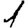
Digit: 1